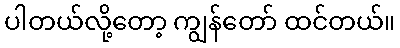
ပါတယ်လို့တော့ ကျွန်တော် ထင်တယ်။